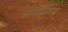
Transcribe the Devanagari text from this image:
संभाभित